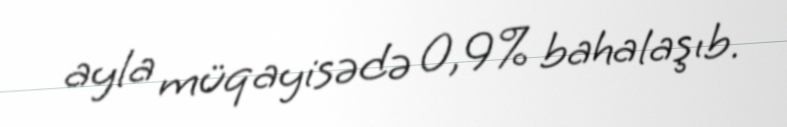
ayla müqayisədə 0,9% bahalaşıb.